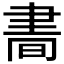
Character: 𦘘